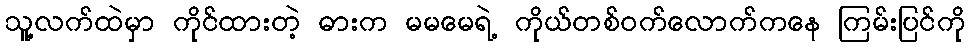
သူ့လက်ထဲမှာ ကိုင်ထားတဲ့ ဓားက မမမေရဲ့ ကိုယ်တစ်ဝက်လောက်ကနေ ကြမ်းပြင်ကို